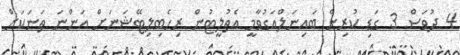
4 ދުވަސް 3 ގަޑި ކުރިން ބައިނަލްއަގުވާމީ އެތުލީޓުން ރިހެބިލިޓޭޝަނަށް އަންނަ ތަނަކަށް